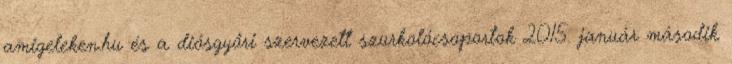
amigeleken.hu és a diósgyőri szervezett szurkolócsoportok 2015. január második